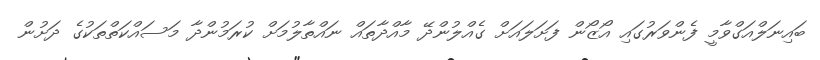
ބައިނަލްއަގްވާމީ ފެންވަރުގައި އޯޒޯން ފަށަލައަށް ގެއްލުންދޭ މާއްދާތައް ނައްތާލުމަށް ކުރަމުންދާ މަސައްކަތްތަކުގެ ދަށުން